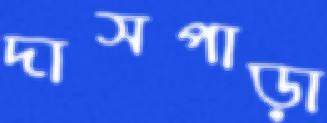
দাসপাড়া